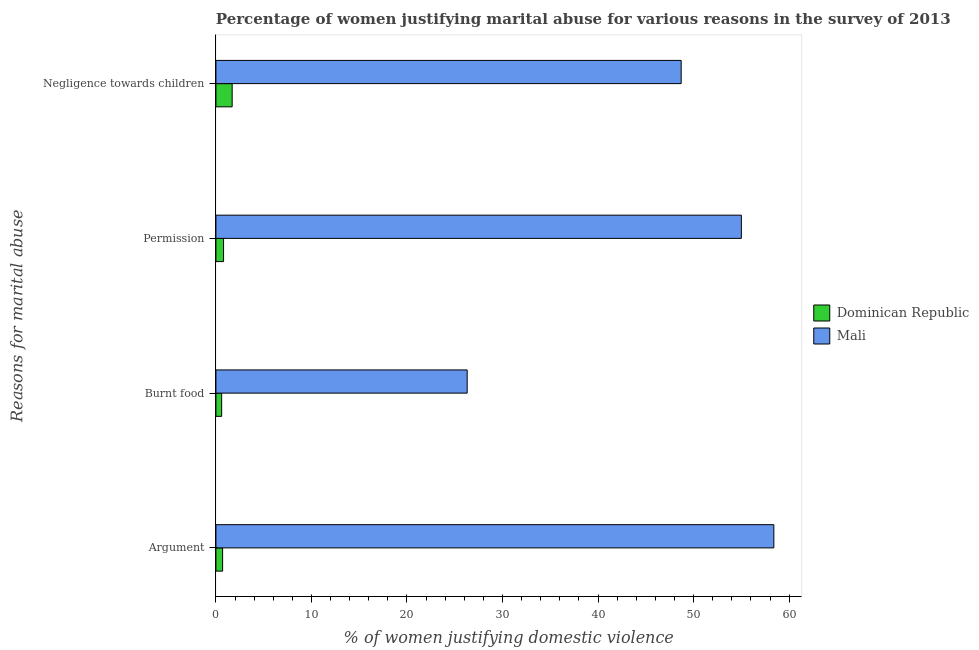
| Reasons for marital abuse | Dominican Republic | Mali |
 | --- | --- | --- |
 | Argument | 0.7 | 58.4 |
 | Burnt food | 0.6 | 26.3 |
 | Permission | 0.8 | 55 |
 | Negligence towards children | 1.7 | 48.7 |